system: You are a helpful assistant.
user:
Analyze the provided spectrum to determine if it is a **Carbon Star (C-type)**.

- **Key Visual Indicators of Carbon Star:**
    - **(Primary):** Strong molecular absorption from **C₂ (diatomic carbon) "Swan Bands."** This is the **defining feature** of a carbon star.
        - **(Key Bandheads):** Sharp absorption edges are visible at approximately $5635$ Å, $5165$ Å (the strongest band), and $4737$ Å.
        - **(Line Profile):** Creates a distinct **"saw-tooth"** pattern. The key morphology is a sharp, steep bandhead on the **red (long-wavelength) side**, which then gradually tapers off (i.e., flux recovers) towards the **blue (short-wavelength) side**. *(This is the direct opposite of the TiO bands seen in M-type stars)*.

    - **(Secondary):** Intense **CN (cyanogen)** molecular absorption bands.
        - **(Key Bandheads):** Located in the blue and violet regions of the spectrum (e.g., near $4215$ Å and $3883$ Å).
        - **(Morphology):** These bands are extremely broad and act as a "blanket," absorbing the vast majority of blue and violet light. This creates a characteristic **"cliff"** or **"steep drop-off"** in the spectrum's flux at short wavelengths.

    - **(Key Confirmation):** Strong **CH absorption band (G-band)**.
        - **(Key Bandhead):** Located around $4300$ Å. The contribution from CH molecules to this band is exceptionally strong.

    - **(Overall Spectrum):**
        - The continuum is severely "chopped up" by these deep molecular bands, especially C₂, rather than appearing as a smooth curve.
        - Due to the heavy CN and C₂ absorption in the blue-green, the vast majority of the star's flux is concentrated in the red part of the spectrum, giving the star its characteristic deep red color.

Think first, call **spectral_visualization_tool** if needed to examine features in detail, then provide your final answer. Your response must adhere to the following strict rules:
1.  **Overall Structure:** Your response must follow the format `<think>...</think> <tool_call>...</tool_call> (if a tool is used) <answer>...</answer>`.
2.  **Tool Usage Constraint:** You may only make **one** tool call per turn.
3.  **Final Answer Format:** In the `<answer>` tag, your conclusion must be inside a `\boxed{}` command (e.g., `\boxed{YES}`), followed by your justification.

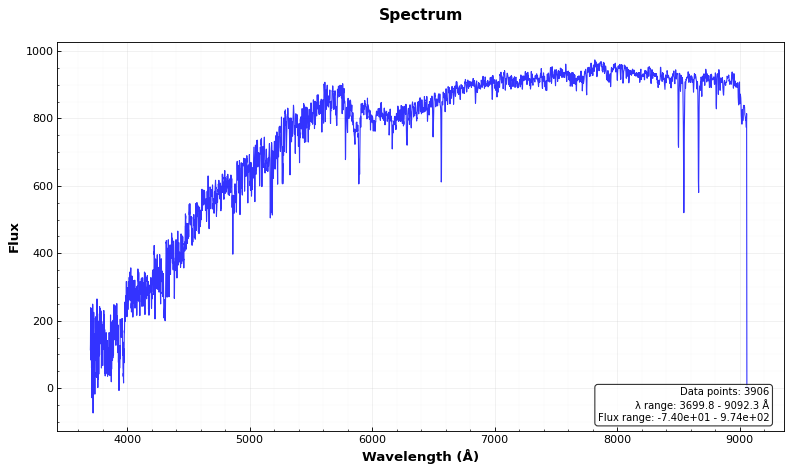
Answer: NO